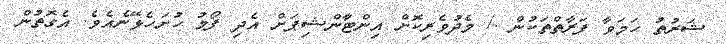
ޝަރުތު ހަމަވާ ފަރާތްތަކުން ./ މެދުވެރިކޮށް އިންޓާަންޝިޕަށް އެދި ފޯމު ހުށަހެޅޭނެއެވެ. އެގޮތުން